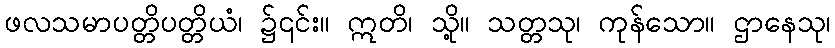
ဖလသမာပတ္တိပတ္တိယံ၊ ၌၎င်း။ ဣတိ၊ သို့။ သတ္တသု၊ ကုန်သော။ ဌာနေသု၊